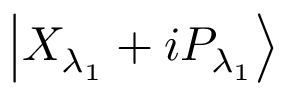
\left| { { X } _ { { \lambda } _ { 1 } } } + i { { P } _ { { \lambda } _ { 1 } } } \right\rangle